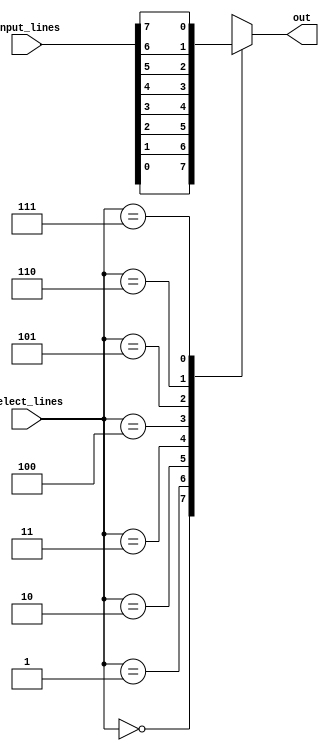
module multiplexer_8_to_1_behavioral(input_lines, select_lines, out);
    input[7:0] input_lines; // 8-bit vector for input lines
    input[2:0] select_lines; // 3-bit vector for select lines
    
    output out;
    reg out;
    
    // We use the case statement over here, because there is only one output to change. In the case of de-multiplexer, we need to take care of 4-8 output lines

    always @(input_lines or select_lines) begin
      case (select_lines) 
        3'b000 : out = input_lines[0];
        3'b001 : out = input_lines[1]; 
        3'b010 : out = input_lines[2];
        3'b011 : out = input_lines[3];
        3'b100 : out = input_lines[4];
        3'b101 : out = input_lines[5]; 
        3'b110 : out = input_lines[6];
        3'b111 : out = input_lines[7];
      endcase
    end
endmodule

module muxtest_8_to_1;
    reg[7:0] input_lines;
    reg[2:0] select_lines;
    wire out;
    multiplexer_8_to_1_behavioral wire_driver(input_lines, select_lines, out);
    
    initial begin
          
          input_lines = 8'b01110001; 
          select_lines = 3'b000;
      #20 select_lines = 3'b001;
      #20 select_lines = 3'b010;
      #20 select_lines = 3'b011;
      #20 select_lines = 3'b100;
      #20 select_lines = 3'b101;
      #20 select_lines = 3'b110;
      #20 select_lines = 3'b111;
      #20 $finish;
    end
      
endmodule